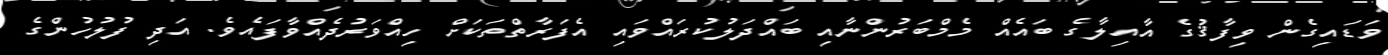
ވަޑައިގެން ވިފާޤުގެ އާއިލާގެ ބައެއް މެމްބަރުންނާއި ބައްދަލުކުރައްވައި އެފަރާތްތަކަށް ހިއްވަރުދެއްވާފައެވެ. އަދި ފުލުހުންގެ